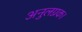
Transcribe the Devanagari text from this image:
अनुलग्नक।